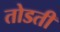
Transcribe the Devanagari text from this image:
तोडती